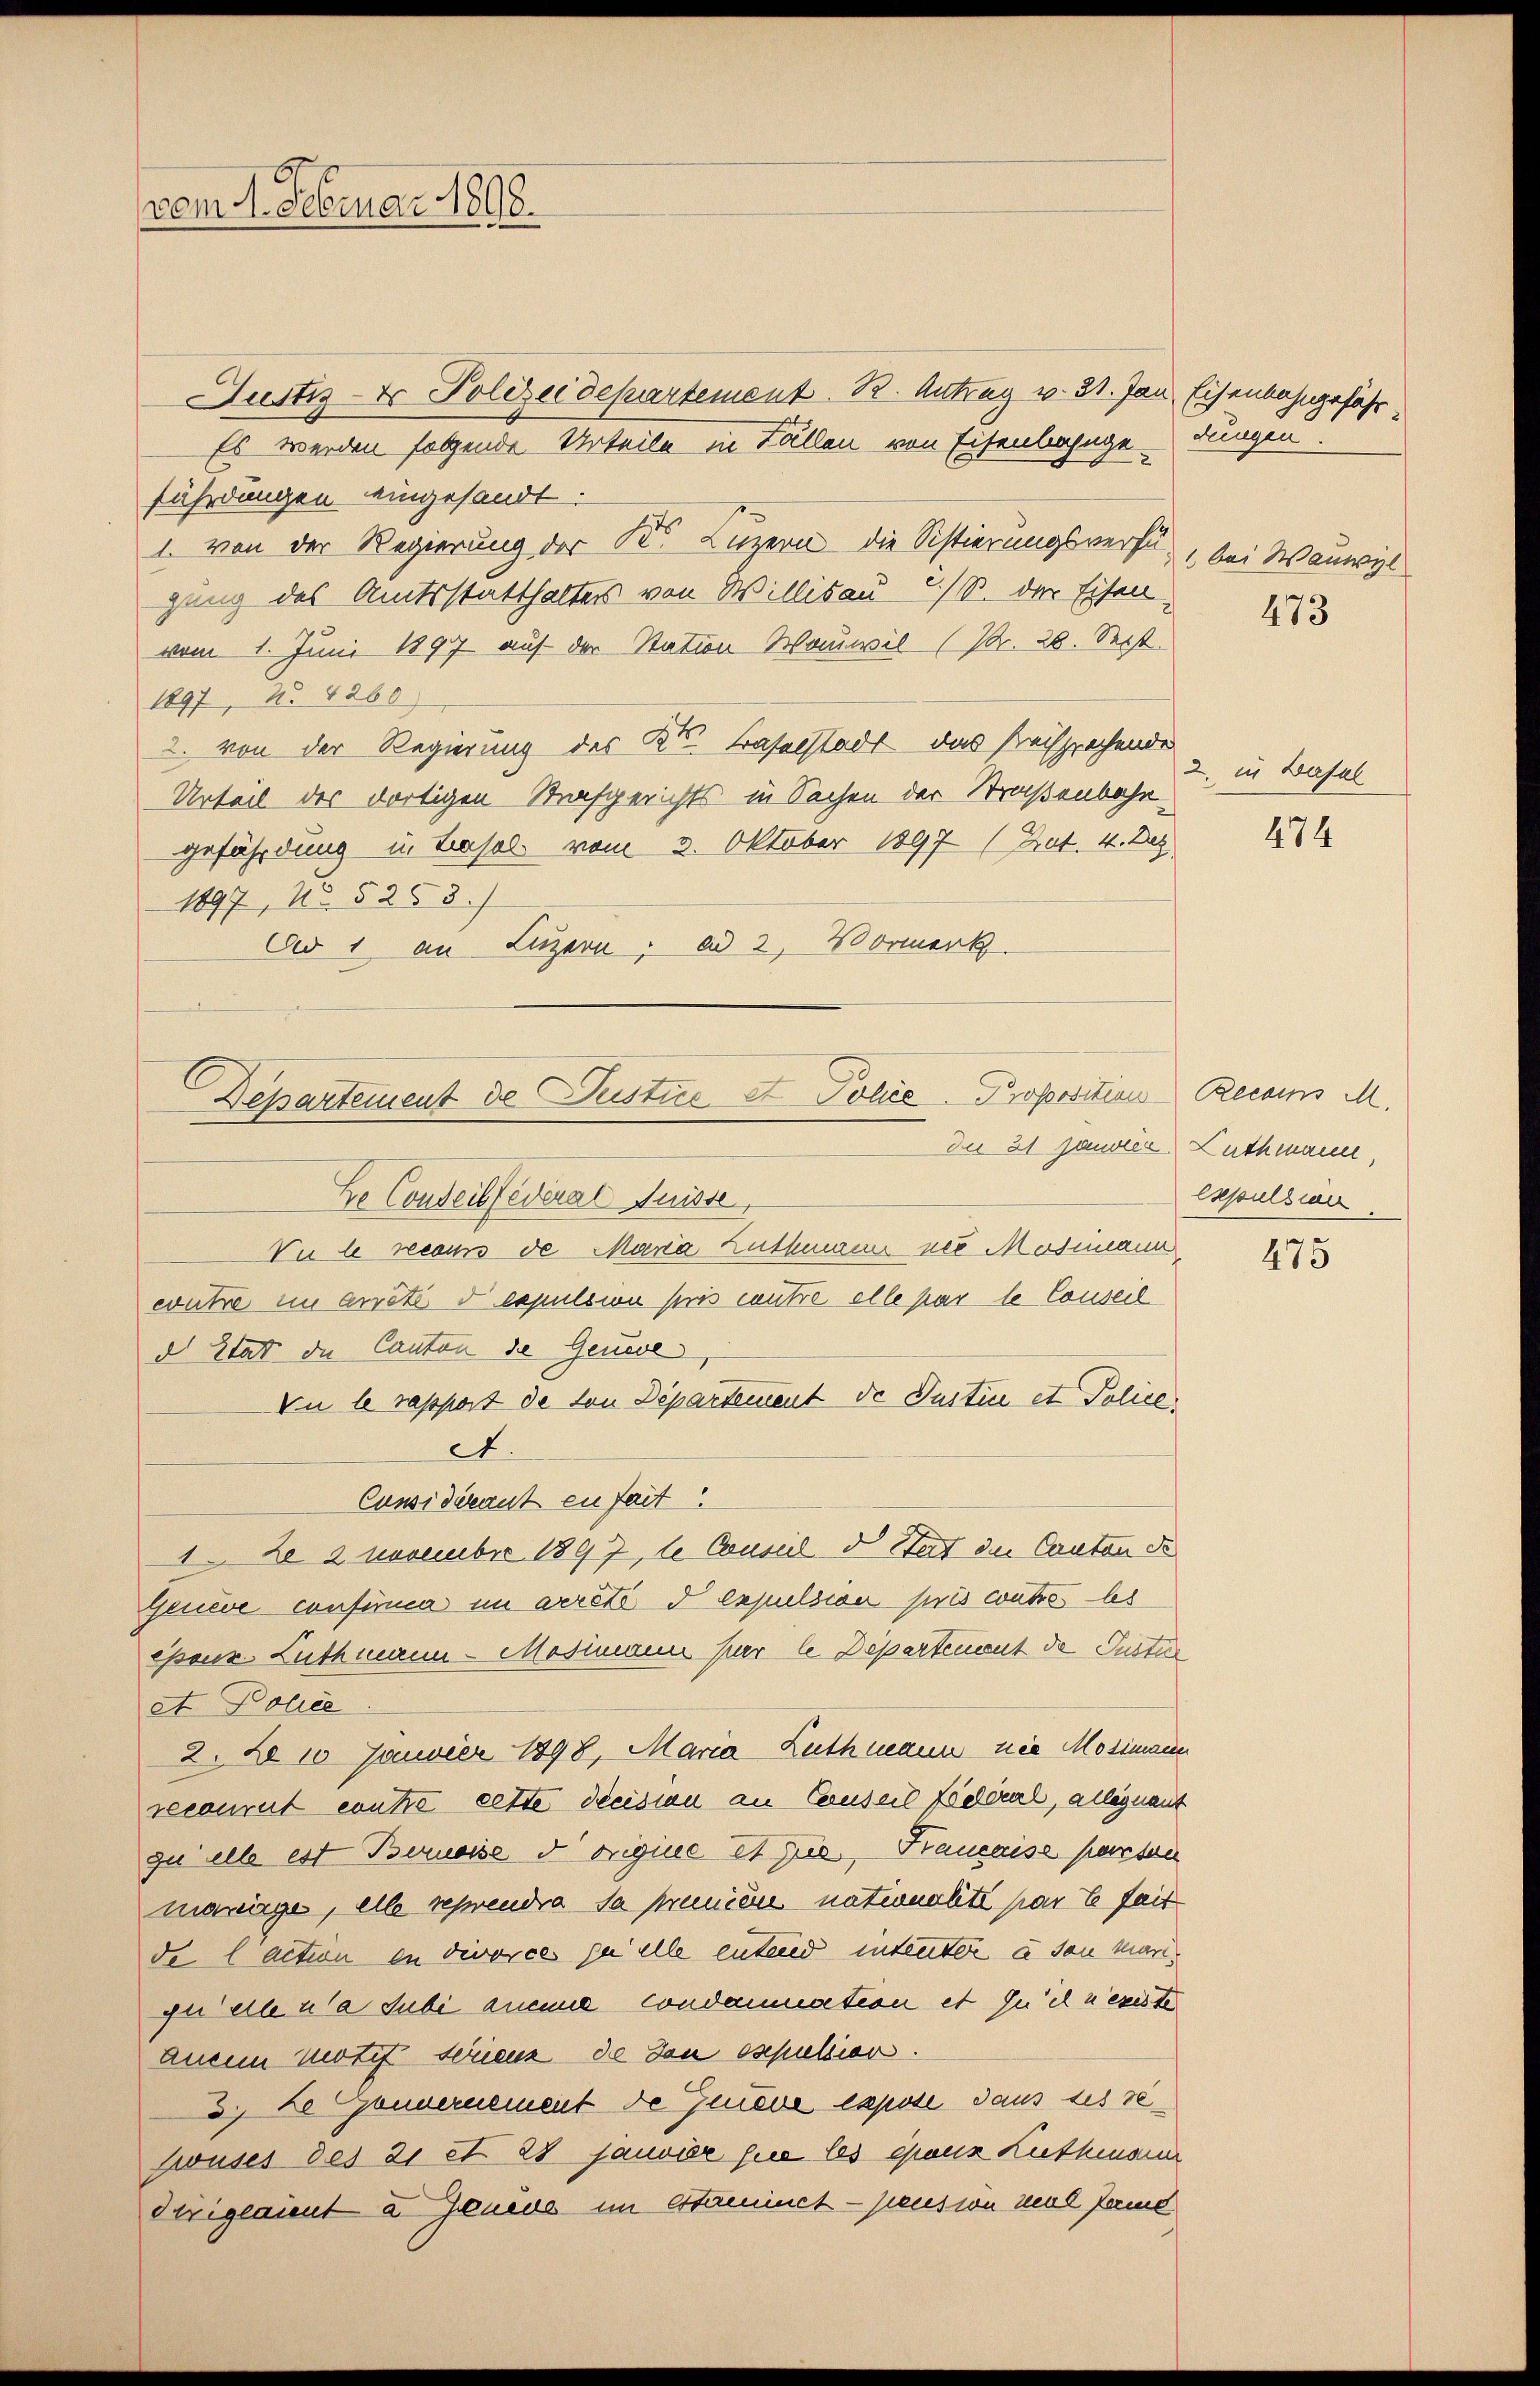
vom 4. Februar 1898.

Justiz- & Polizeidepartement. R. Antrag v. 31. Jan Eisenbahngefähr¬
Es werden folgende Urteile in Fällen von Eisenbahngedungen.
fährdungen eingesandt.
1. von der Regierung der K. Luzern die Sistierungsverfügang des Amtsstatthalter von Willisau, C. S. der Eisen-
vom 1. Juni 1897 auf der Station Wauwil (Pr. 28. Sect
1897, N. 4260
2. von der Regierung des Kt. Baselstadt das Preisprochende
Urteil des dortigen Strafgerichts in Sachen der Straßenbahngefährdung in Basel vom 3. Oktober 1897 (Prot. 4. Dez
1897, No. § 258.
Ad 1 an Luzern, ad 2, Vormerk.

Departement de Justice et Police Proposition Recains M.

In 21 Janvier Luthmann,
Ee Conseilfederat Juisse,
Vu le recours de Maria Luthmann neu Mosimann
wütze im arreti d expulsion pris cautre elle par le Conseil
d. Stat die Canton de Geneve
Du le rapport de von Departement de Justice et Police
A.
Cunsidérant en fait
1. Le 2 Novembre 1897, le Conseil d. Stat die Canton de
Geneve confirma im verste d expulsia pris coutre les
époux Luthmann - Mosimann par le Departement de Justi
et Police
2. No 10 Janvier 1898, Maria Luthmann nie Mosimann
recourut conte cette decision an Conseil fédéral, allegnant
zu alle est Berneise d’origine et fie, Bauaise passen
mariage, alle reprendra sa premie nationalité parte seit
de action in divorce zu alle entend intenter u son mari
gi elle a subi amme condamnation et such u exister
anein motif Ferienz de den expulsion.
2) Le Gönnernement de Jenere expose dans ses rezwuses des 21 et 28 Janvier sie les epanz Kuthmann
diriglaient a Jenere im estaminet - pension neue Jame

bei Wanwil
473

2. in Basel

474

Expulsian

475